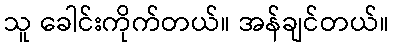
သူ ခေါင်းကိုက်တယ်။ အန်ချင်တယ်။